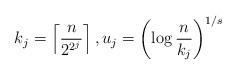
LaTeX: \begin{align*}k_j = \left\lceil \frac{n}{2^{2^j}} \right\rceil, u_j = \left( \log{ \frac{n}{k_j} } \right)^{1/s} \end{align*}